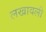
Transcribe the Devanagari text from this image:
लखावली